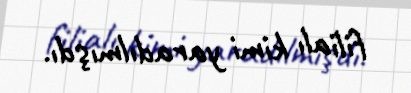
filialı kimi yaradılmışdı.